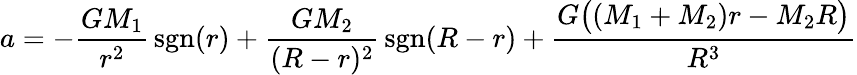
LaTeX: a=-{\frac{GM_{1}}{r^{2}}}\operatorname{sgn}(r)+{\frac{GM_{2}}{(R-r)^{2}}}\operatorname{sgn}(R-r)+{\frac{G{\bigl(}(M_{1}+M_{2})r-M_{2}R{\bigr)}}{R^{3}}}